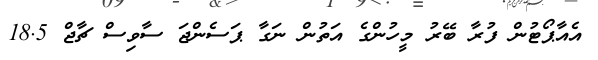
އެއާޕޯޓުން ފުރާ ބޭރު މީހުންގެ އަތުން ނަގާ ޕަސެންޖަ ސާވިސް ޗާޖް 18.5